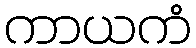
ကာယကံ